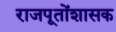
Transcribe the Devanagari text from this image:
राजपूतोंशासक